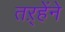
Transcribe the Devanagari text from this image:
तऱ्हेंने